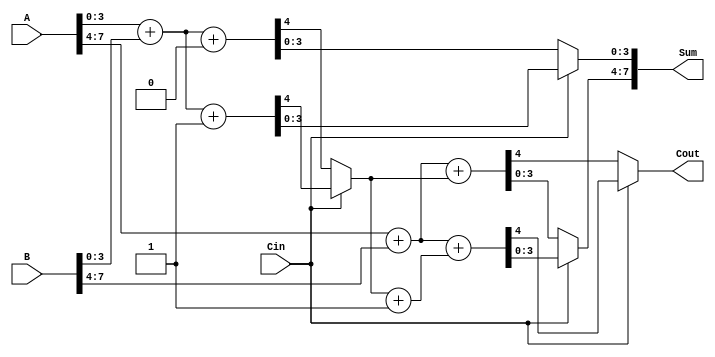
module CCSA_8bit (
    input [7:0] A,      // First operand
    input [7:0] B,      // Second operand
    input Cin,          // Carry-in
    output [7:0] Sum,   // Sum output
    output Cout         // Carry-out
);

    // Internal signals for the first segment (lower 4 bits)
    wire [3:0] Sum0_0, Sum1_0, Carry0_0, Carry1_0;
    wire Carry_out_0;

    // Internal signals for the second segment (upper 4 bits)
    wire [3:0] Sum0_1, Sum1_1, Carry0_1, Carry1_1;
    wire Carry_out_1;

    // First segment (lower 4 bits)
    assign {Carry0_0, Sum0_0} = A[3:0] + B[3:0] + 1'b0; // C_in = 0
    assign {Carry1_0, Sum1_0} = A[3:0] + B[3:0] + 1'b1; // C_in = 1

    // MUX for first segment
    assign Carry_out_0 = Cin ? Carry1_0 : Carry0_0;
    assign Sum[3:0] = Cin ? Sum1_0 : Sum0_0;

    // Second segment (upper 4 bits)
    assign {Carry0_1, Sum0_1} = A[7:4] + B[7:4] + Carry_out_0; // C_in = Carry_out_0
    assign {Carry1_1, Sum1_1} = A[7:4] + B[7:4] + (Carry_out_0 + 1'b1); // C_in = Carry_out_0 + 1

    // MUX for second segment
    assign Cout = Cin ? Carry1_1 : Carry0_1;
    assign Sum[7:4] = Cin ? Sum1_1 : Sum0_1;

endmodule